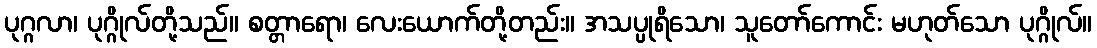
ပုဂ္ဂလာ၊ ပုဂ္ဂိုလ်တို့သည်။ စတ္တာရော၊ လေးယောက်တို့တည်း။ အသပ္ပုရိသော၊ သူတော်ကောင်း မဟုတ်သော ပုဂ္ဂိုလ်။